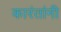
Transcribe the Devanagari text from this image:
कारंतांनी